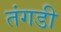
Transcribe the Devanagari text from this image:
तंगडी